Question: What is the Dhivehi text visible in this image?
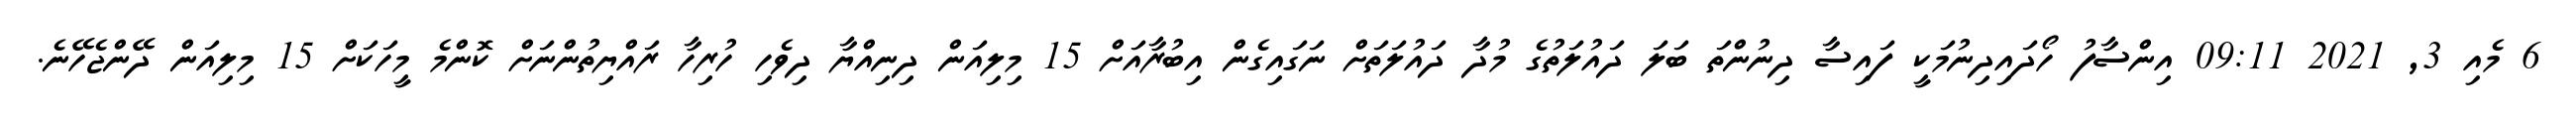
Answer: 6 މެއި 3, 2021 09:11 އިންސާފު ހޯދައިދިނުމަކީ ފައިސާ ދިނުންތަ ބަލަ ދައުލަތުގެ މުދާ ދައުލަތަށް ނަގައިގެން އިބުރާއަށް 15 މިލިއަން ދިނިއްޔާ ދިވެހި ހުރިހާ ރައްޔިތުންނަށް ކޮންމެ މީހަކަށް 15 މިލިއަން ދޭންޖެހޭނެ.